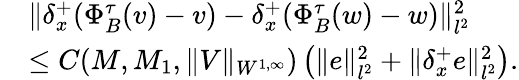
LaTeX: \begin{array}{rl}&{\| {\delta_{x}^{+}}(\Phi_{B}^{\tau}(v)-v)-{\delta_{x}^{+}}(\Phi_{B}^{\tau}(w)-w)\| _{l^{2}}^{2}}\\ &{\leq C(M,M_{1},\| V\| _{W^{1,\infty}})\left(\| e\| _{l^{2}}^{2}+\| {\delta_{x}^{+}}e\| _{l^{2}}^{2}\right).}\end{array}